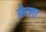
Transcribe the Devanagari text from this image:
क्रेशा